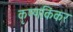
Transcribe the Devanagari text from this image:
कृष्णकिंकर